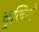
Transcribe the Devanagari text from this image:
चुजिरो